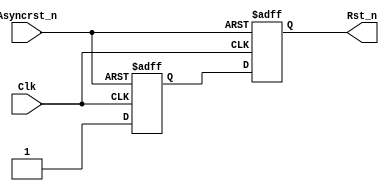
module digital_por(
  input Clk,
  input Asyncrst_n,
  output reg Rst_n
);

reg rff1;

always @(posedge Clk or negedge Asyncrst_n)
  if(!Asyncrst_n) {Rst_n,rff1} <= 2'b0;
  else            {Rst_n,rff1} <= {rff1,1'b1};


endmodule